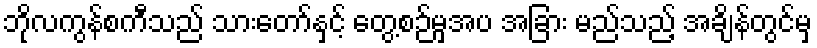
ဘိုလကွန်စကီသည် သားတော်နှင့် တွေ့စဉ်မှအပ အခြား မည်သည့် အချိန်တွင်မှ